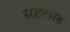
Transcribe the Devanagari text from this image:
सहलाह